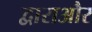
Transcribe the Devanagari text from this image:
द्वाराऔर